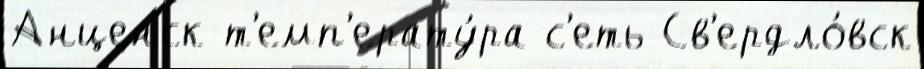
Анценск т'емп'ерату́ра с'еть Св'ердло́вск